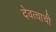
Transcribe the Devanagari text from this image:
देवत्वाची